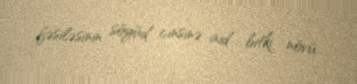
fəsiləsinin söyüd cinsinə aid bitki növü.